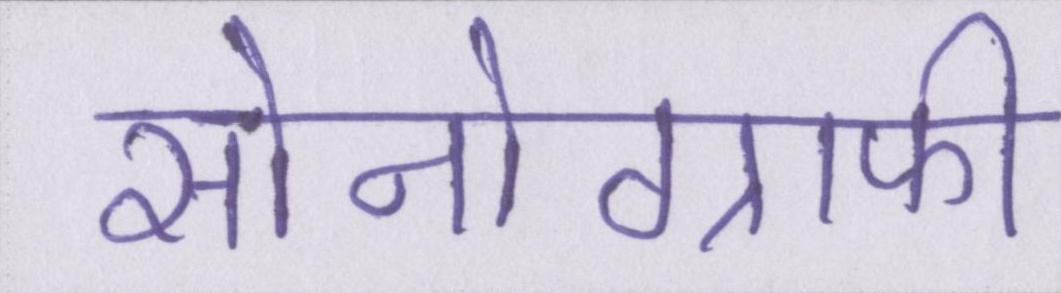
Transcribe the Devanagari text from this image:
सोनोग्राफी